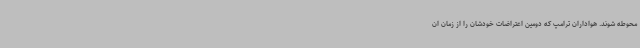
محوطه شوند. هواداران ترامپ که دومین اعتراضات خودشان را از زمان ان